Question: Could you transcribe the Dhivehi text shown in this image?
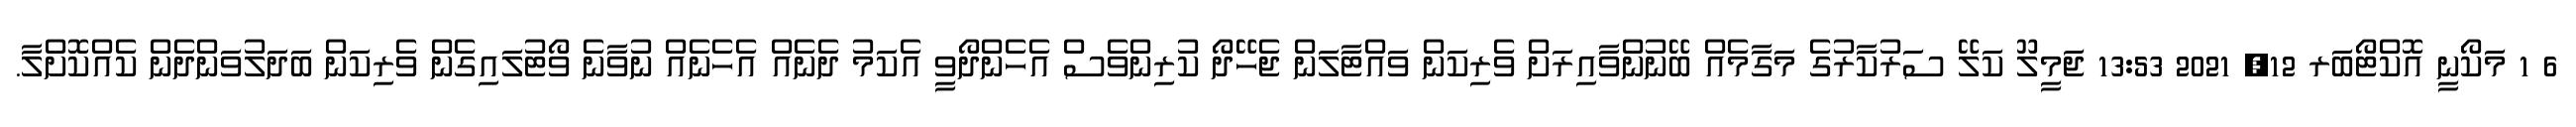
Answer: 6 1 މަކޯނީ އޮކްޓޯބަރ 12, 2021 13:53 ޖަމީލޫ ކަލޭ ސަރުކާރުގެ މަގާމެއް ބޭނުންވާއިރަށް ވެރިކަން ވައްޓާލަން ޖެހޭދޯ ކުރިންވެސް އެހެންދޯވީ އެކަމު ދެނެއް އެހެނެއް ނުވާނެ ވޯޓުލައިގެން ވެރިކަން ބަދަލުވަންދެން ކެއްކޮށްލާ.